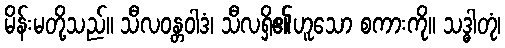
မိန်းမတို့သည်။ သီလဝန္တဝါဒံ၊ သီလရှိ၏ဟူသော စကားကို။ သဒ္ဓါတုံ၊